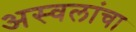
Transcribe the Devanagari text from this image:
अस्वलांचा